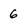
Character: 6